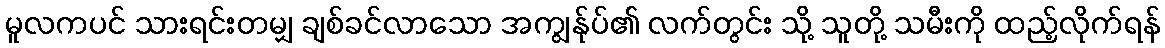
မူလကပင် သားရင်းတမျှ ချစ်ခင်လာသော အကျွန်ုပ်၏ လက်တွင်း သို့ သူတို့ သမီးကို ထည့်လိုက်ရန်